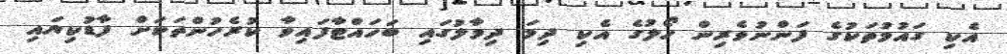
އެކި ގައުމުތަކުގެ ފަންނުވެރިން ހޯލުގެ އެކި ދިމަ ދިމާލުގައި ބަހައްޓާފައިވާ ކުރެހުންތަކަށް ފާޑުކިޔައި